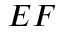
E F